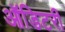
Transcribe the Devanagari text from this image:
ऑडिटरी